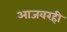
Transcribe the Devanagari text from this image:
आजवरही